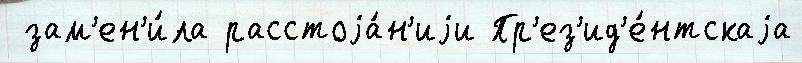
 зам'ен'и́ла расстоjа́н'иjи Пр'ез'ид'е́нтскаjа